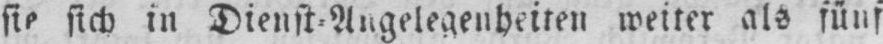
sie sich in Dienst⸗Angelegenheiten weiter als fünf